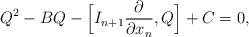
\begin{align*} Q^2 - BQ - \Bigl[I_{n+1} \frac{\partial }{\partial x_n},Q\Bigr] + C = 0,\end{align*}